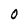
Character: O